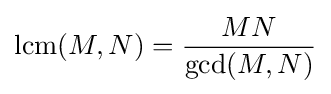
\operatorname {lcm} (M,N)={\frac {MN}{\gcd(M,N)}}